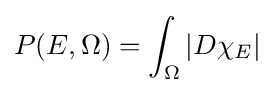
P(E,\Omega )=\int _{\Omega }|D\chi _{E}|